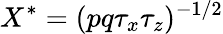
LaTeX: X^{*}=(pq\tau_{x}\tau_{z})^{-1/2}